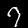
Digit: 7